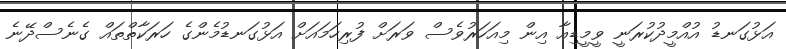
އަޅުގަނޑު އުއްމީދުކުރަނީ ވީމީޑިއާ އިން މިއަހަރުވެސް ވަރަށް ފުރިހަމައަށް އަޅުގަނޑުމެންގެ ހަރަކާތްތައް ގެނެސްދޭނެ